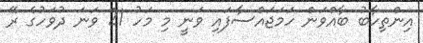
އިންތިހާބު ބާއްވަން ހަމަޖައްސާފައި ވަނީ މި މަހު 21 ވަނަ ދުވަހުގެ ރޭ